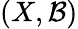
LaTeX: (X,{\mathcal{B}})